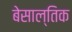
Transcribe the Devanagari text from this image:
बेसाल्तिक